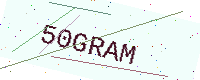
Text: 50GRAM